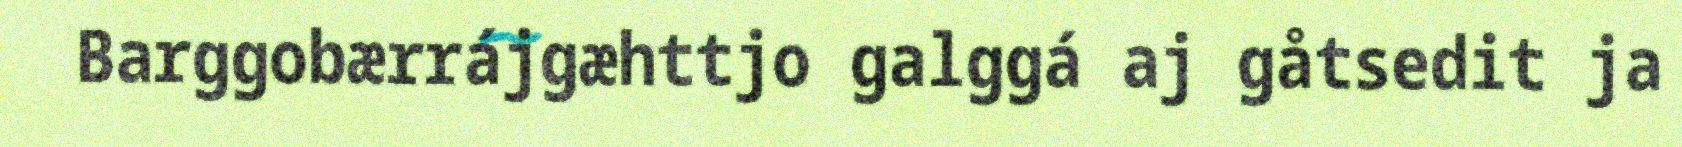
Barggobærrájgæhttjo galggá aj gåtsedit ja